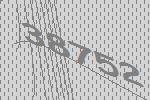
38752